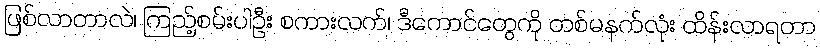
ဖြစ်လာတာလဲ၊ ကြည့်စမ်းပါဦး စကားလက်၊ ဒီကောင်တွေကို တစ်မနက်လုံး ထိန်းလာရတာ